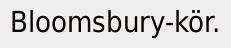
Bloomsbury-kör.